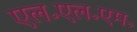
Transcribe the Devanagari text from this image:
एल॰एल॰एम॰